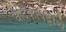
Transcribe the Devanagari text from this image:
वेदिकापट्टींचे